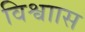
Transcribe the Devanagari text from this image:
विश्वाास